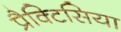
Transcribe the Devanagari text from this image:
प्रैक्टिसिया